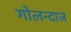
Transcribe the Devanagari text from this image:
गोलन्दाज